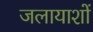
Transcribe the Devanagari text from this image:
जलायाशों